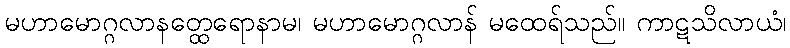
မဟာမောဂ္ဂလာနတ္ထေရောနာမ၊ မဟာမောဂ္ဂလာန် မထေရ်သည်။ ကာဋသိလာယံ၊